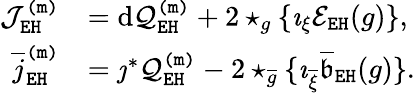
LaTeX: \begin{array}{rl}{\mathcal{J}_{\mathtt{EH}}^{\mathtt{(m)}}}&{=\mathrm{d}\mathcal{Q}_{\mathtt{EH}}^{\mathtt{(m)}}+2\star_{g}\{ \imath_{\xi}\mathcal{E}_{\mathtt{EH}}(g)\} ,}\\ {\overline{{j}}_{\mathtt{EH}}^{\mathtt{(m)}}}&{=\jmath^{*}\mathcal{Q}_{\mathtt{EH}}^{\mathtt{(m)}}-2\star_{\overline{{g}}}\{ \imath_{\overline{{\xi}}}\overline{{\mathfrak{b}}}_{\mathtt{EH}}(g)\} .}\end{array}